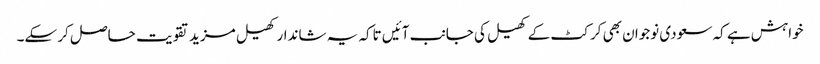
خواہش ہے کہ سعودی نوجوان بھی کرکٹ کے کھیل کی جانب آئیں تاکہ یہ شاندار کھیل مزید تقویت حاصل کر سکے۔